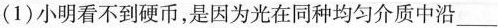
(1)小明看不到硬币，是因为光在同种均匀介质中沿___